Report on vaccination for the Province of Oudh 1873 -
Year: 1873
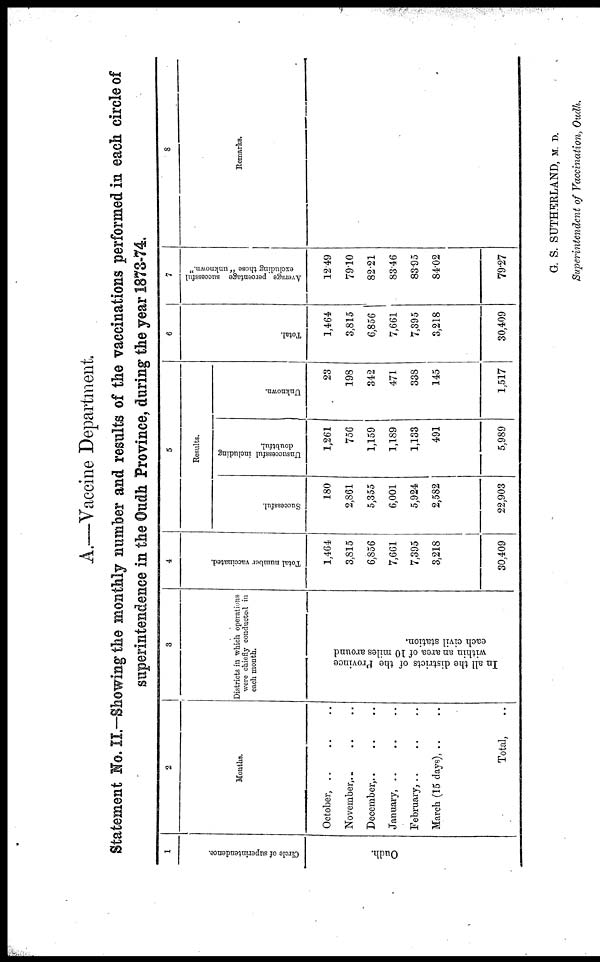
A.—Vaccine Department.
Statement No. II.—Showing the monthly number and results of the vaccinations performed in each circle of
superintendence in the Oudh Province, during the year 1873-74.
1
Circle of superintendence.
Oudh.
2
Months.
October, .. .. ..
November,.. .. ..
December,.. .. ..
January, .. .. ..
February, .. .. ..
March (15 days), .. ..
Total, ..
3
Districts in which operations
were chiefly conducted in
each month.
In all the districts of the Province
within an area of 10 miles around
each civil station.
4
Total number vaccinated.
1,464
3,815
6,856
7,661
7,395
3,218
30,409
5
Results.
Successful.
180
2,861
5,355
6,001
5,924
2,582
22,903
Unsuccessful including
doubtful.
1,261
756
1,159
1,189
1,133
491
5,989
Unknown.
23
198
342
471
338
145
1,517
6
Total.
1,464
3,815
6,856
7,661
7,395
3,218
30,409
7
Average percentage successful
excluding those " unknown."
12.49
79.10
82.21
83.46
83.95
84.02
79.27
8
Remarks.
G. S. SUTHERLAND, M. D.
Superintendent of Vaccination, Oudh.